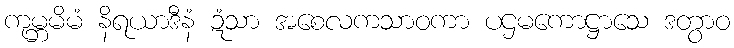
ကုမ္ဘမိမံ နိရယာဒီနံ ဍံသာ အစေလကသာဝကာ ပဌမကောဋ္ဌာသေ ဒတွာဝ